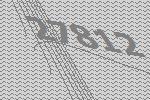
27812